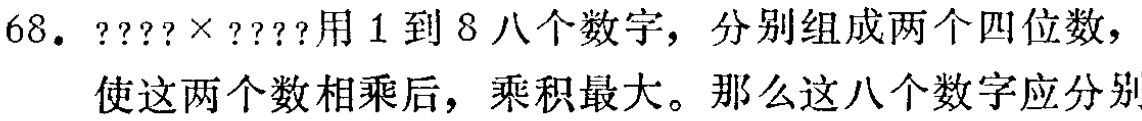
68. \(????\times????\)用1到8八个数字，分别组成两个四位数，使这两个数相乘后，乘积最大。那么这八个数字应分别